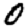
Digit: 0